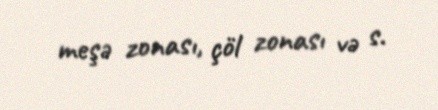
meşə zonası, çöl zonası və s.